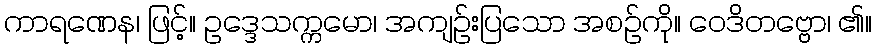
ကာရဏေန၊ ဖြင့်။ ဥဒ္ဒေသက္ကမော၊ အကျဉ်းပြသော အစဉ်ကို။ ဝေဒိတဗ္ဗော၊ ၏။